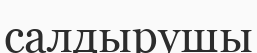
салдырушы